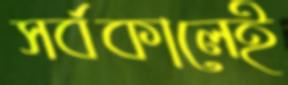
সর্বকালেই